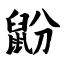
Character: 鼢